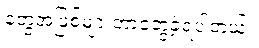
တွေအဖြစ်များတာတွေ့ခဲ့ရပါတယ်။